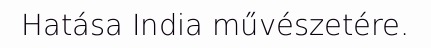
Hatása India művészetére.